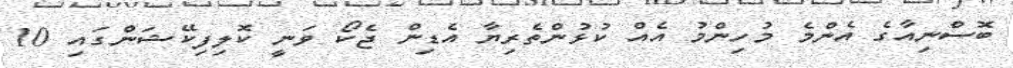
ބޮސްނިއާގެ އެންމެ މުހިންމު އެއް ކުޅުންތެރިޔާ އެޑިން ޖެކޯ ވަނީ ކޮލިފިކޭޝަންގައި 10